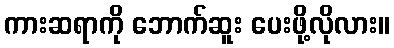
ကားဆရာကို ဘောက်ဆူး ပေးဖို့လိုလား။